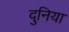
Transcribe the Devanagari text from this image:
दुनिया